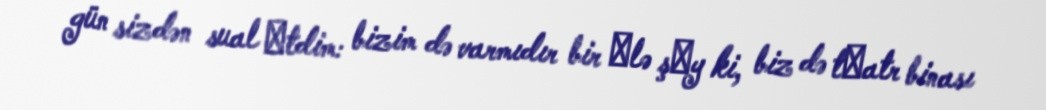
gün sizdən sual еtdim: bizim də varmıdır bir еlə şеy ki, biz də tеatr binası